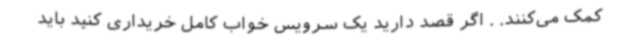
کمک می‌کنند. . اگر قصد دارید یک سرویس خواب کامل خریداری کنید باید